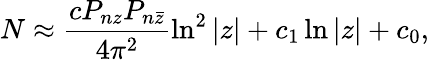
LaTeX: N\approx\frac{cP_{nz}P_{n\bar{z}}}{4\pi^{2}}\ln^{2}|z|+c_{1}\ln|z|+c_{0},